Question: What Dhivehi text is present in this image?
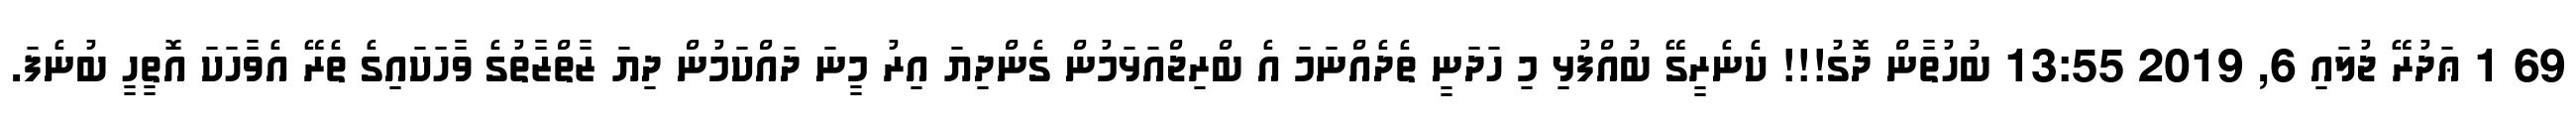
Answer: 69 1 ޢަދުރޭ ޖުލައި 6, 2019 13:55 ބުހުތާން ދޮގު!!! ކެނެރީގޭ ބުއްފުޅި މި ހަދަނީ ތެދެއްނަމަ އެ ބްރިޖްއަޅަމުން ގެންދިޔަ އިރު މީނަ ދައްކަމުން ދިޔަ ޒާތްޒާތުގެ ވާހަކައިގެ ތެރޭ އެވާހަކަ އޮތީހީ ބުނެފަ.